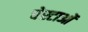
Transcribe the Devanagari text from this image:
चेस्टाओं